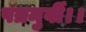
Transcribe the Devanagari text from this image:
पत्रमुर्वी।।